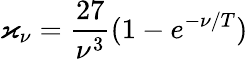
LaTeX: \varkappa_{\nu}=\frac{27}{\nu^{3}}(1-e^{-\nu/T})